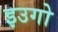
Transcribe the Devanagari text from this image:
इउगो